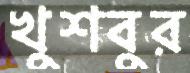
খুশবুর